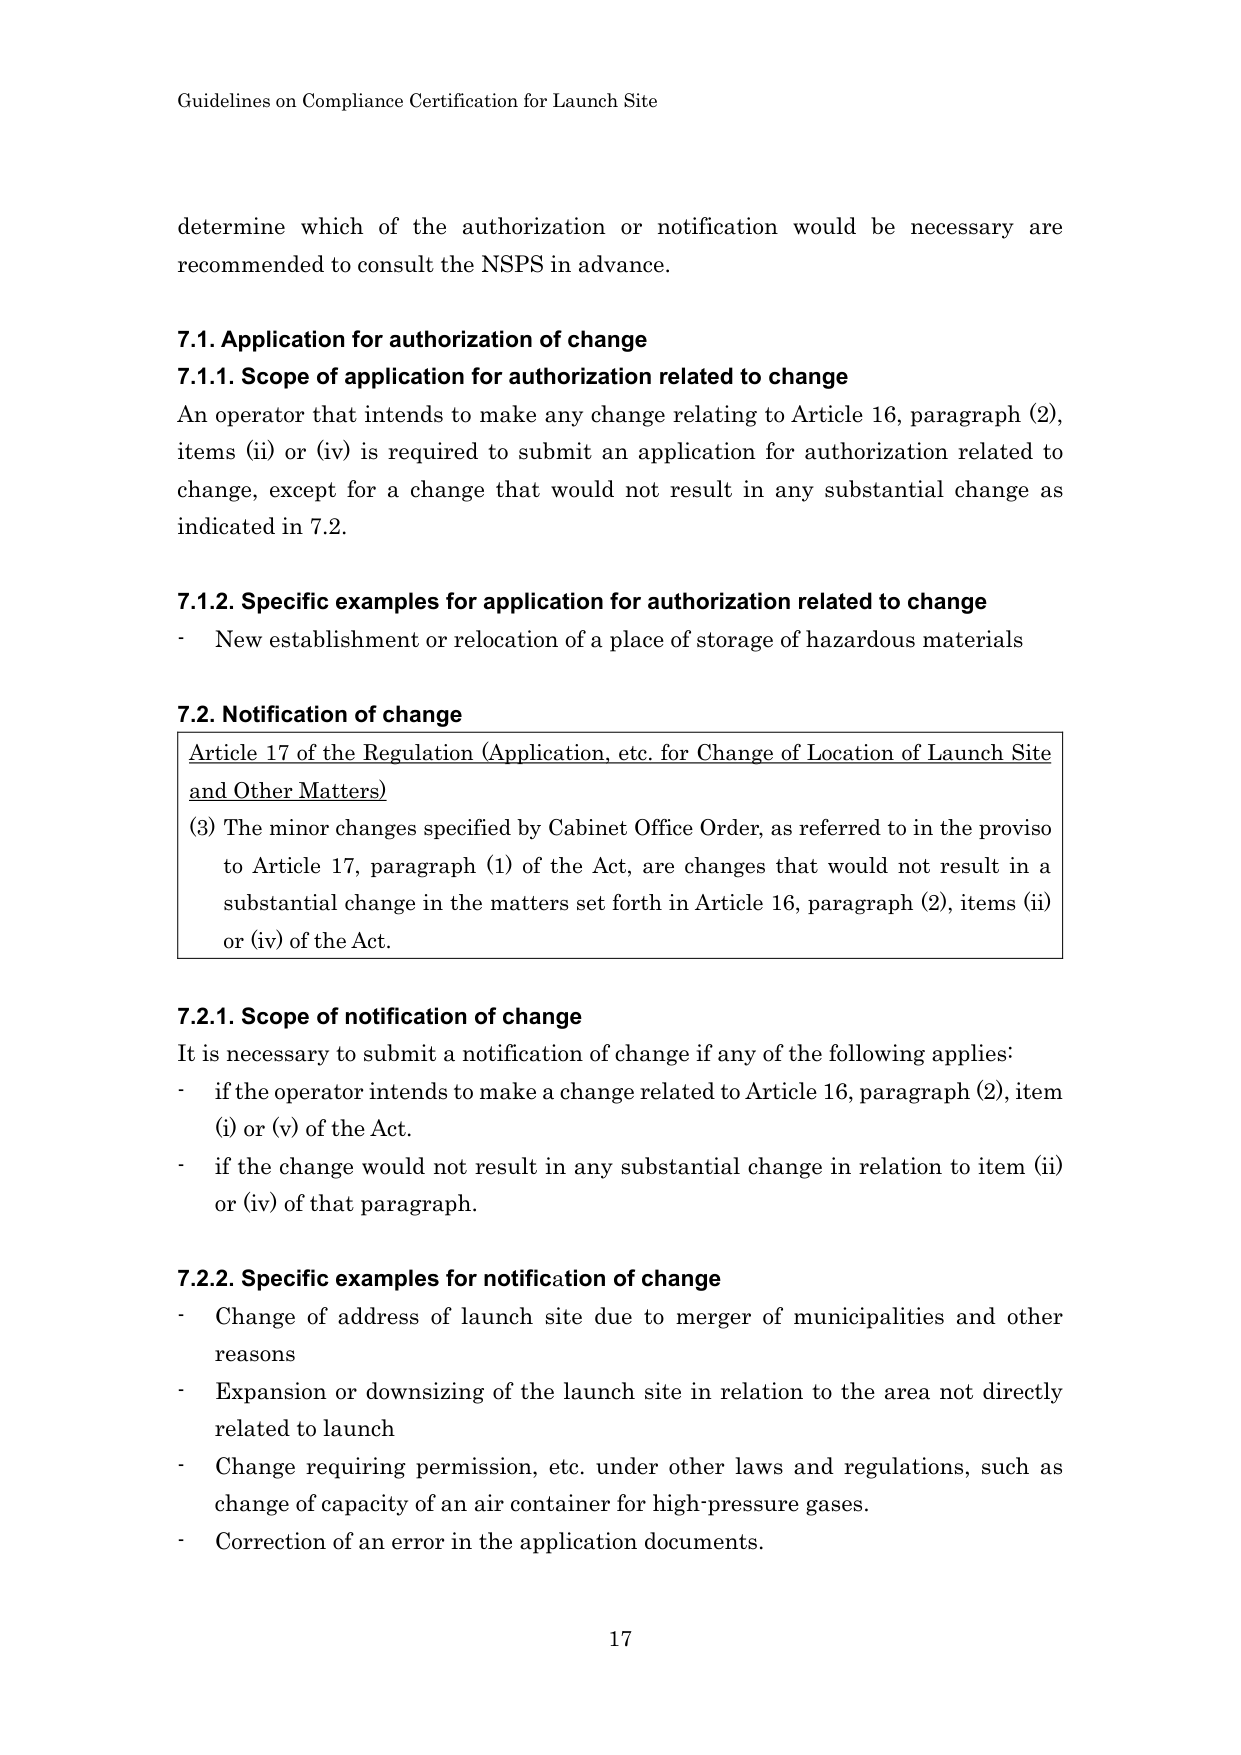
Guidelines on Compliance Certification for Launch Site

determine which of the authorization or notification would be necessary are recommended to consult the NSPS in advance.

7.1. Application for authorization of change
7.1.1. Scope of application for authorization related to change
An operator that intends to make any change relating to Article 16, paragraph (2), items (ii) or (iv) is required to submit an application for authorization related to change, except for a change that would not result in any substantial change as indicated in 7.2.

7.1.2. Specific examples for application for authorization related to change
- New establishment or relocation of a place of storage of hazardous materials

7.2. Notification of change
Article 17 of the Regulation (Application, etc. for Change of Location of Launch Site and Other Matters)
(3) The minor changes specified by Cabinet Office Order, as referred to in the proviso to Article 17, paragraph (1) of the Act, are changes that would not result in a substantial change in the matters set forth in Article 16, paragraph (2), items (ii) or (iv) of the Act.

7.2.1. Scope of notification of change
It is necessary to submit a notification of change if any of the following applies:
- if the operator intends to make a change related to Article 16, paragraph (2), item (i) or (v) of the Act.
- if the change would not result in any substantial change in relation to item (ii) or (iv) of that paragraph.

7.2.2. Specific examples for notification of change
- Change of address of launch site due to merger of municipalities and other reasons
- Expansion or downsizing of the launch site in relation to the area not directly related to launch
- Change requiring permission, etc. under other laws and regulations, such as change of capacity of an air container for high-pressure gases.
- Correction of an error in the application documents.

17